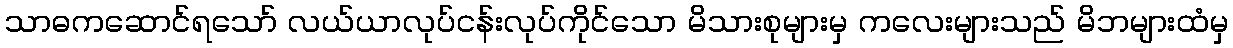
သာဓကဆောင်ရသော် လယ်ယာလုပ်ငန်းလုပ်ကိုင်သော မိသားစုများမှ ကလေးများသည် မိဘများထံမှ